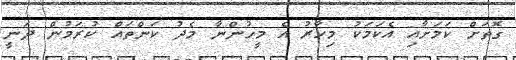
ގޮތަށް ކަމަށާއި އެކަމަކު މިހާރު އެ މީހުންނާ މެދު ކަންތައް ކުރަމުން ދަނީ